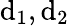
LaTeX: \mathrm{d}_{1},\mathrm{d}_{2}